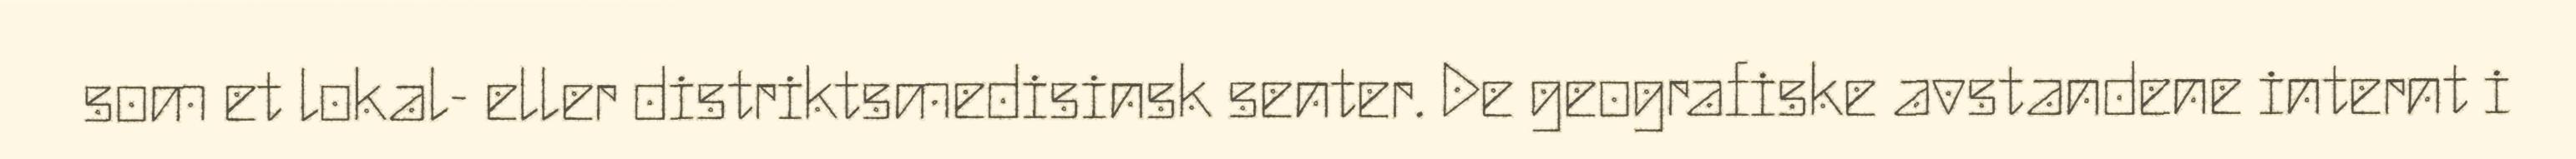
som et lokal- eller distriktsmedisinsk senter. De geografiske avstandene internt i